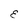
Character: E